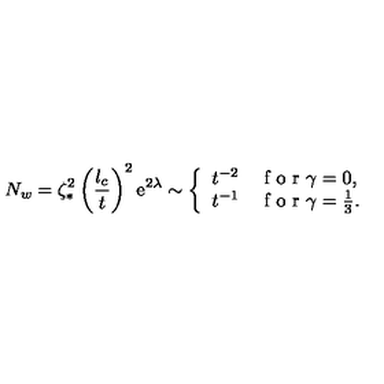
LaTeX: N _ { w } = \zeta _ { \ast } ^ { 2 } \left( \frac { l _ { c } } { t } \right) ^ { 2 } \mathrm { e } ^ { 2 \lambda } \sim \left\{ \begin{array} { l l } { t ^ { - 2 } } & { \textrm { f o r } \gamma = 0 , } \\ { t ^ { - 1 } } & { \textrm { f o r } \gamma = \frac { 1 } { 3 } . } \\ \end{array} \right.